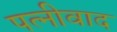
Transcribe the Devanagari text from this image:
पत्नीवाद